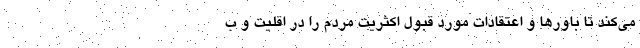
می‌کند تا باورها و اعتقادات مورد قبول اکثریت مردم را در اقلیت و ب